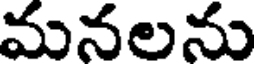
మనలను